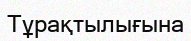
Тұрақтылығына